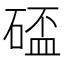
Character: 𥔦